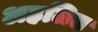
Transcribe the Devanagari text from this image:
अहलिल